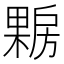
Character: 𰘪